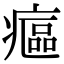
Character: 𤹪